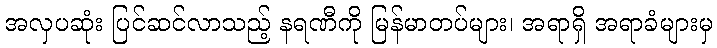
အလှပဆုံး ပြင်ဆင်လာသည့် နရဏီကို မြန်မာတပ်များ၊ အရာရှိ အရာခံများမှ